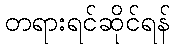
တရားရင်ဆိုင်ရန်